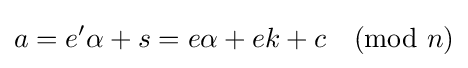
a=e'\alpha +s=e\alpha +ek+c{\pmod {n}}